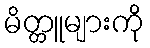
မိတ္တူများကို